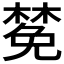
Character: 𪳟